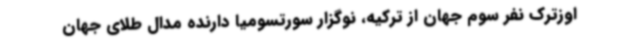
اوزترک نفر سوم جهان از ترکیه، نوگزار سورتسومیا دارنده مدال طلای جهان